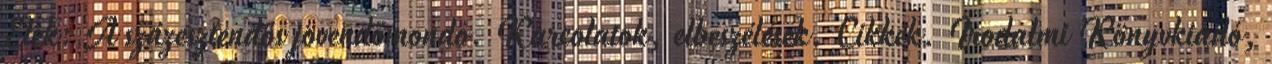
Elek: A százesztendős jövendőmondó. Karcolatok, elbeszélések. Cikkek. Irodalmi Könyvkiadó,